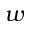
w